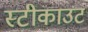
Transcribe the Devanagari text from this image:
स्टीकाउट